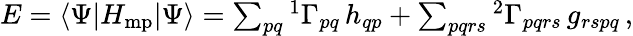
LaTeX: \begin{array}{r}{E=\langle\Psi|H_{\mathrm{mp}}|\Psi\rangle=\sum_{pq}{^{1}\Gamma}_{pq}\, h_{qp}+\sum_{pqrs}{^{2}\Gamma}_{pqrs}\, g_{rspq}\, ,}\end{array}